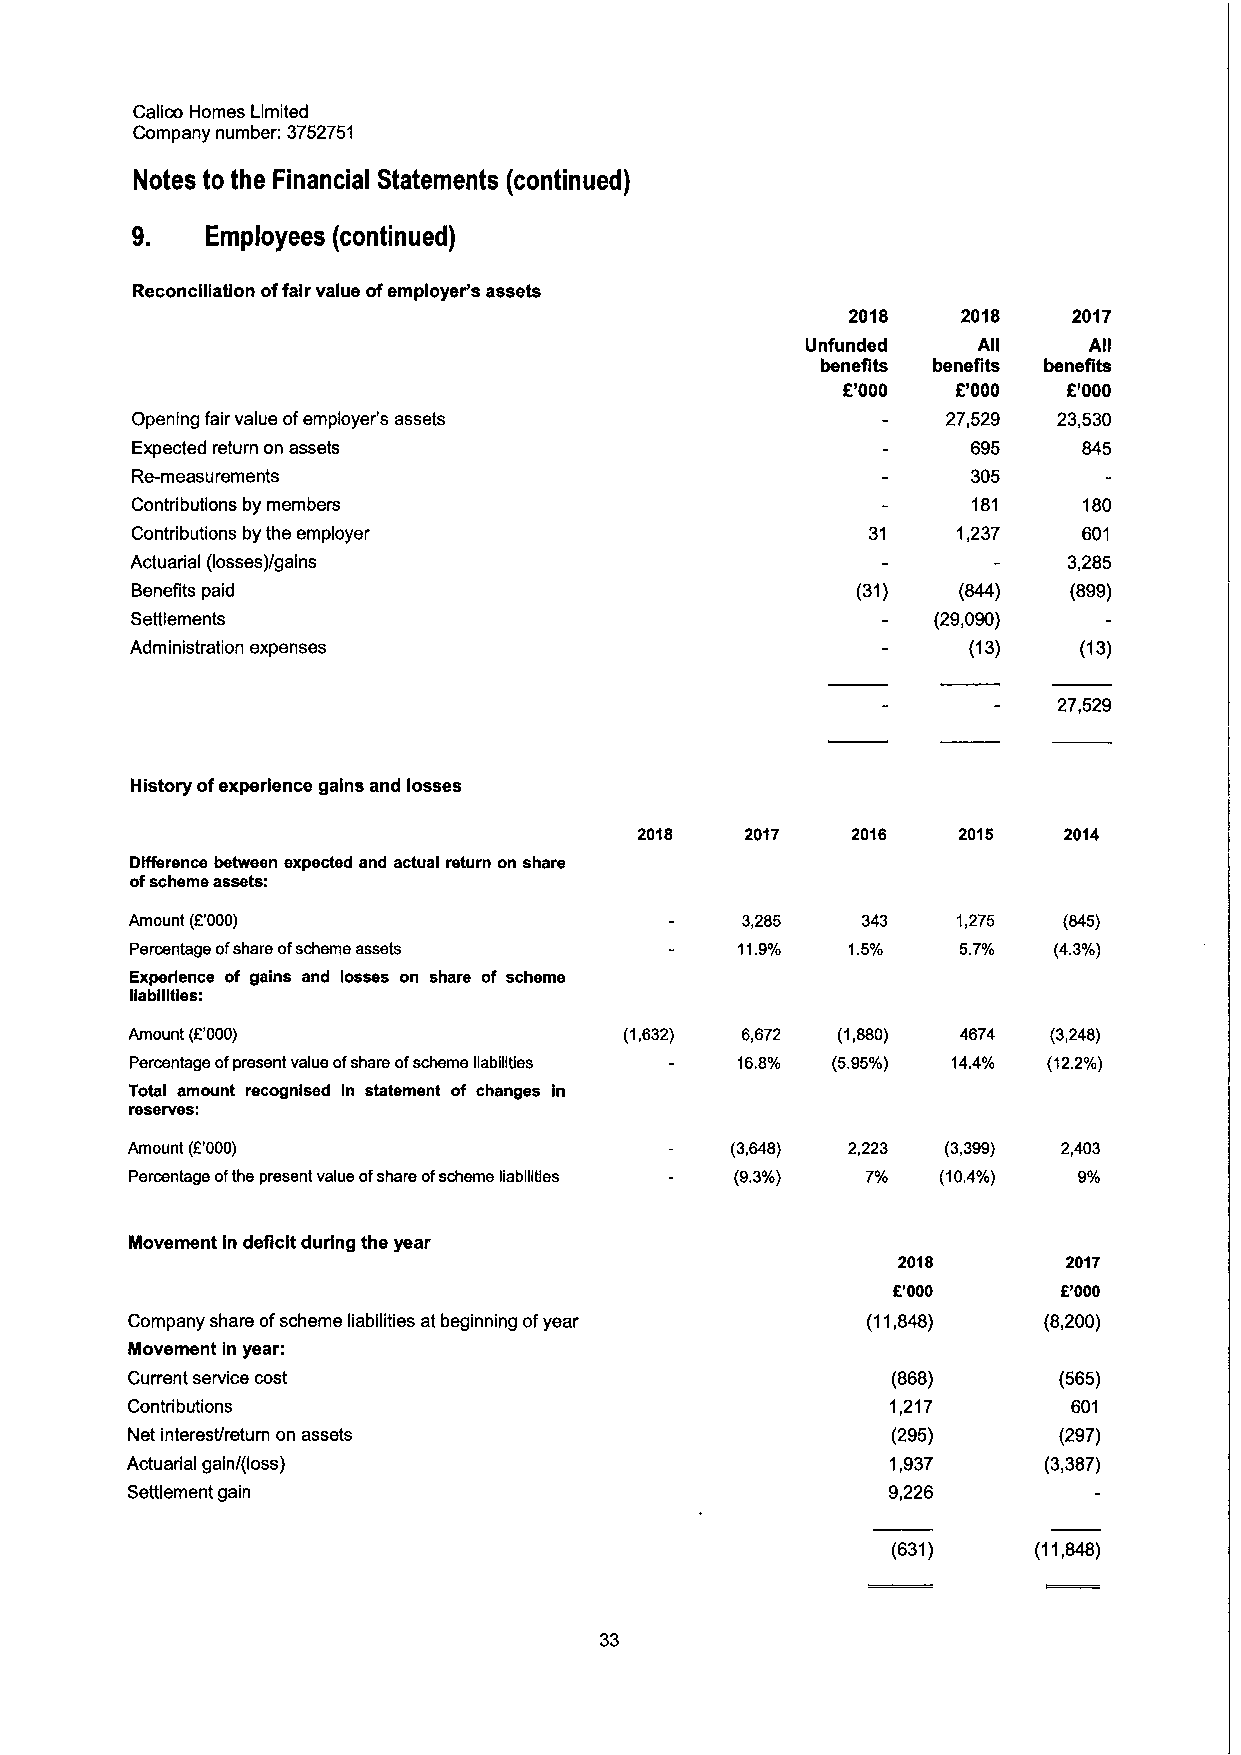
Calico Homes Limited
 Company number: 3752751
 Notes to the Financial Statements (continued)
 9.   Employees (continued)
 Reconciliation offair value ofemployer's assets
 2018    2018   2017
 Unfunded    AII    AII
 benefits benefits benefits
 E'000  E'000   E'000
 Opening fair value ofemployer's assets                27,529 23,530
 Expected return on assets                              695     845
 Re-measurements                                        305
 Contributions by members                               181     180
 Contributions by the employer                   31    1,237    601
 Actuarial (losses)/gains                                      3,285
 Benefits paid                                   (31)  (844)   (899)
 Settlements                                          (29,090)
 Administration expenses                                (13)   (13)
 27,529
 History ofexperience gains and losses
 2018   2017   2016   2015   2014
 Difference between expected and actual return on share
 ofscheme assets:
 Amount (E'000)                          3,285   343   1,275  (845)
 Percentage ofshare ofscheme assets      11g    1 5%   5.7%   (4.3%)
 Experience of gains and losses on share of scheme
 liabilities:
 Amount (E'000)                  (1,632) 6,672 (1,880)  4674 (3,248)
 Percentage ofpresent value ofshare ofscheme liabilities 16.8% (5.95%) 14.4% (12.2%)
 Total amount recognised In statement of changes in
 reserves:
 Amount (E'000)                          (3,648) 2,223 (3,399) 2,403
 Percentage ofthe present value ofshare ofscheme liabilities (9.3%) (10.4%) 9
 Movement In deficit during the year
 2018        2017
 E'000      E'000
 Company share ofscheme liabilities at beginning ofyear (11,848) (8,200)
 Movement in year:
 Current service cost                               (868)      (565)
 Contributions                                      1,217       601
 Net interest/return on assets                      (295)      (297)
 Actuarial gain/(loss)                              1,937     (3,387)
 Settlement gain                                    9,226
 (631)    (11,848)
 33